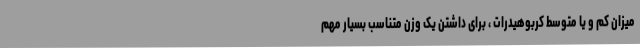
میزان کم و یا متوسط کربوهیدرات ، برای داشتن یک وزن متناسب بسیار مهم